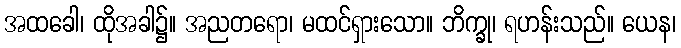
အထခေါ၊ ထိုအခါ၌။ အညတရော၊ မထင်ရှားသော။ ဘိက္ခု၊ ရဟန်းသည်။ ယေန၊